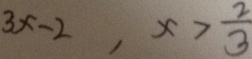
3 x - 2 , x > \frac { 2 } { 3 }